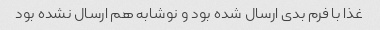
غذا با فرم بدی ارسال شده بود و نوشابه هم ارسال نشده بود